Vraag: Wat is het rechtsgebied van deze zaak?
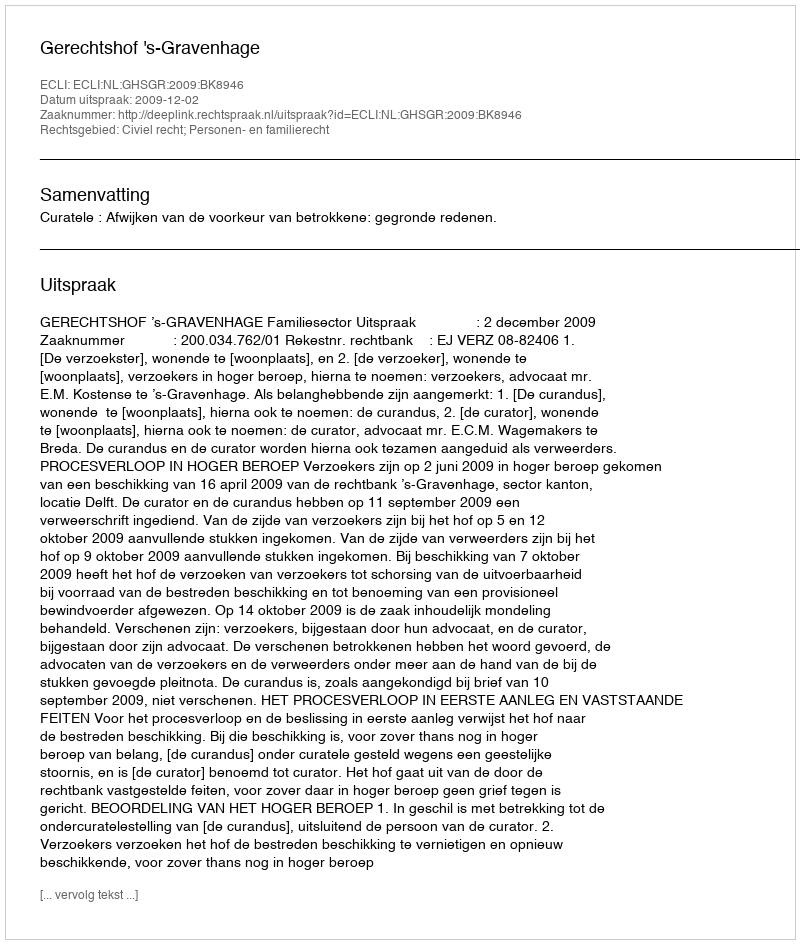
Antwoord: Civiel recht; Personen- en familierecht